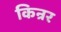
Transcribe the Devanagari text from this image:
किन्रर